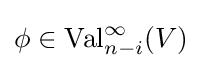
\phi \in \operatorname {Val} _{n-i}^{\infty }(V)